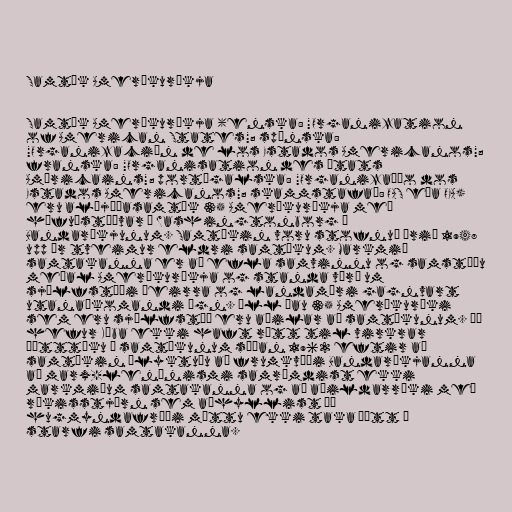
Samtök Ameríkuríkja

Samtök Ameríkuríkja (enska: "Organization
of American States"; spænska:
"Organización de los Estados Americanos";
franska: "Organisation des États
Américains"; portúgalska: "Organização dos
Estados Americanos"; skammstafað: OAS eða OEA)
eru alþjóðasamtök 35 Ameríkuríkja með
höfuðstöðvar í Washingtonborg í
Bandaríkjunum. Samtökin voru stofnuð árið 1948
upp úr tveimur eldri samtökum. Markmið
samtakanna er að efla samvinnu og samstöðu
meðal Ameríkuríkja og standa vörð um
sjálfstæði þeirra og landamæri gagnvart
utanaðkomandi ógn. Öll þau 35 Ameríkuríki
sem eru sjálfstæð eru aðilar að samtökunum. Þó
hefur Kúba ekki haft rétt til virkrar
þátttöku í samtökunum síðan 1962 eftir að
samtökin ályktuðu að frumkvæði Bandaríkjanna
að marx-lenínismi samræmdist ekki
markmiðum samtakanna og að aðildarríki með
ríkisstjórn sem aðhyllist þá
hugmyndafræði mættu ekki taka þátt í
starfi samtakanna.